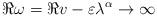
LaTeX: \begin{align*} \Re \omega = \Re v - \varepsilon\lambda^\alpha \to \infty \end{align*}